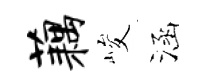
藕峻涵